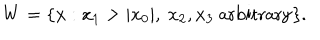
W = \{ x : x _ { 1 } > | x _ { 0 } | , \ x _ { 2 } , x _ { 3 } \ \mathrm { a r b i t r a r y } \} .